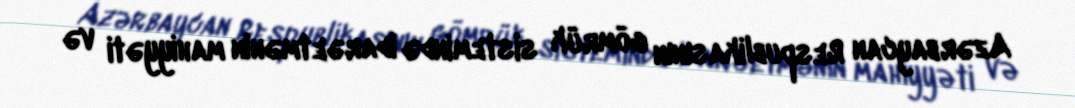
Azərbaycan Respublikasının gömrük sistemində idarəetmənin mahiyyəti və